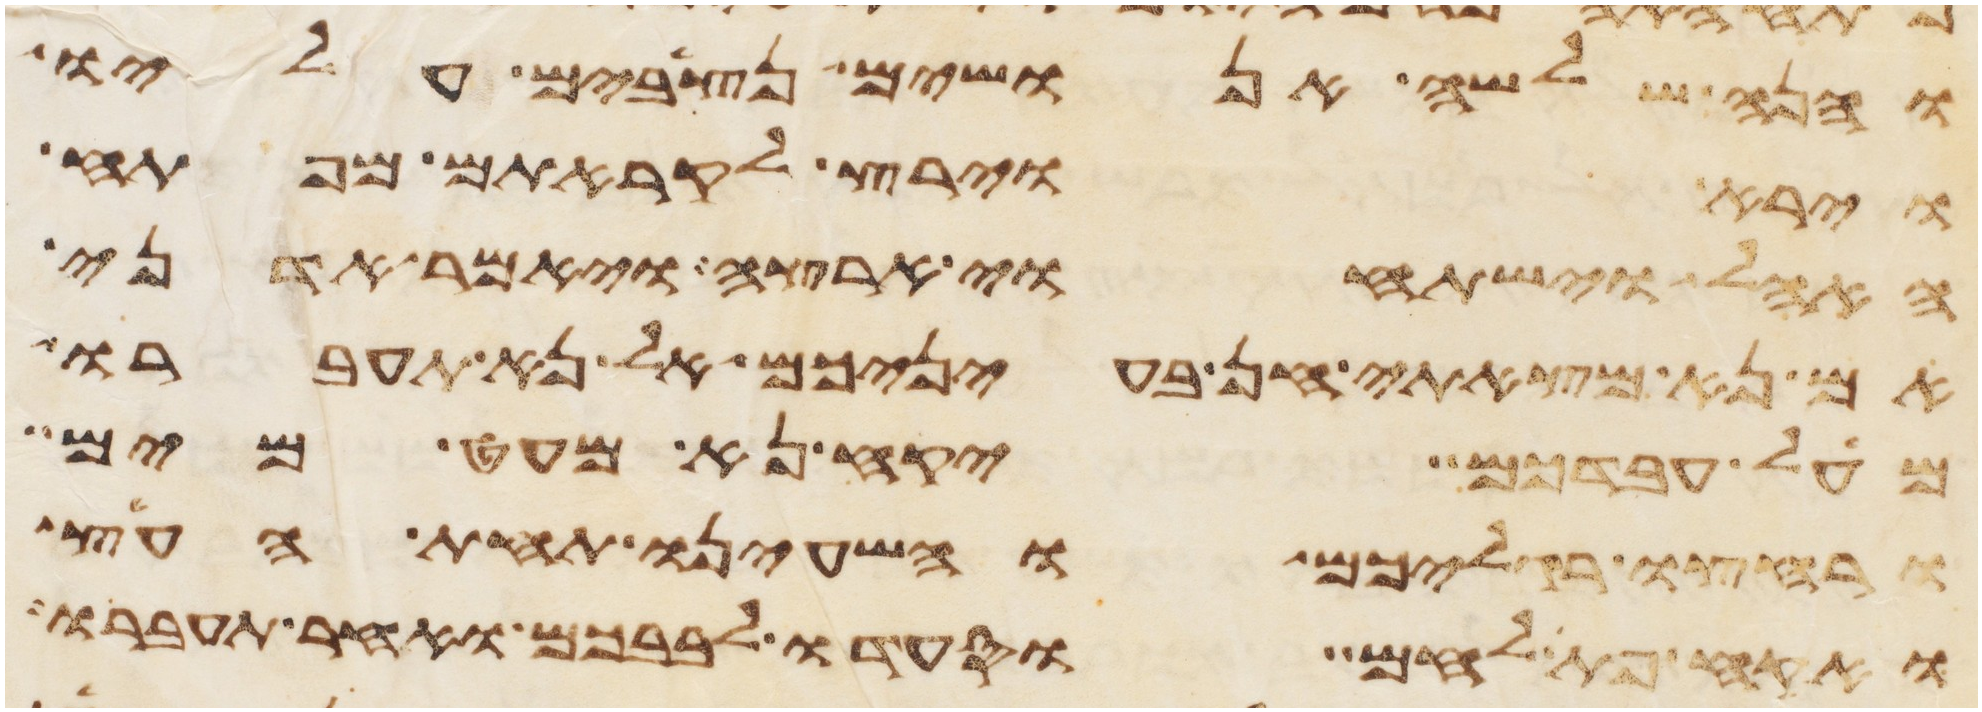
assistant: והנה שלשה אנושים נצבים עליו
וירא וירץ לקראתם מפתח
האהל וישתחוי ארצה ויאמר אדני
אם נא מצאתי חן בעיניכם אל נא תעברו
מעל עבדכם יקח נא מעט מים
ורחצו רגליכם והשעינו תחת העץ
ואקח פת לחם וסעדו לבבכם ואחר תעברו